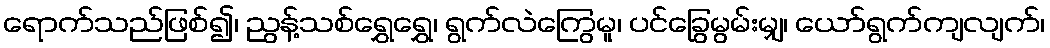
ရောက်သည်ဖြစ်၍၊ ညွန့်သစ်ရွှေရွှေ၊ ရွက်လဲကြွေမူ၊ ပင်ခြွေမွမ်းမျှ၊ ယော်ရွက်ကျလျက်၊